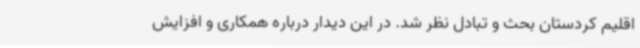
اقلیم کردستان بحث و تبادل نظر شد. در این دیدار درباره همکاری و افزایش